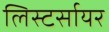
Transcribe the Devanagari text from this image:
लिस्टर्सायर